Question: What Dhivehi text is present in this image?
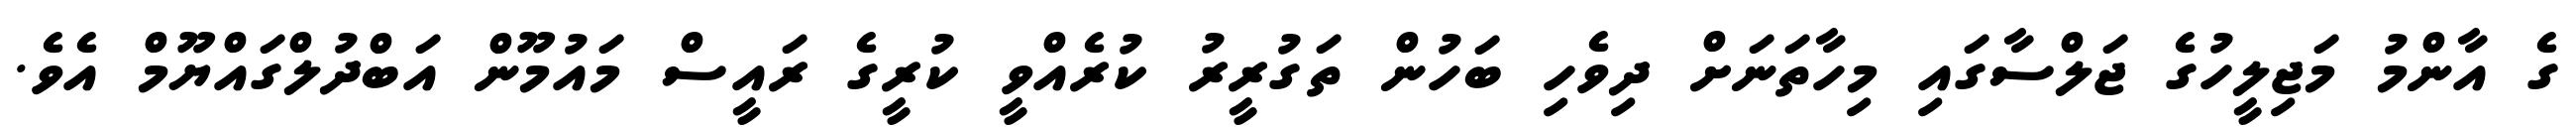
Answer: ގެ އާންމު މަޖިލީހުގެ ޖަލްސާގައި މިހާތަނަށް ދިވެހި ބަހުން ތަގުރީރު ކުރެއްވީ ކުރީގެ ރައީސް މައުމޫން އަބްދުލްގައްޔޫމް އެވެ.